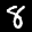
Label: 8